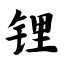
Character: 锂